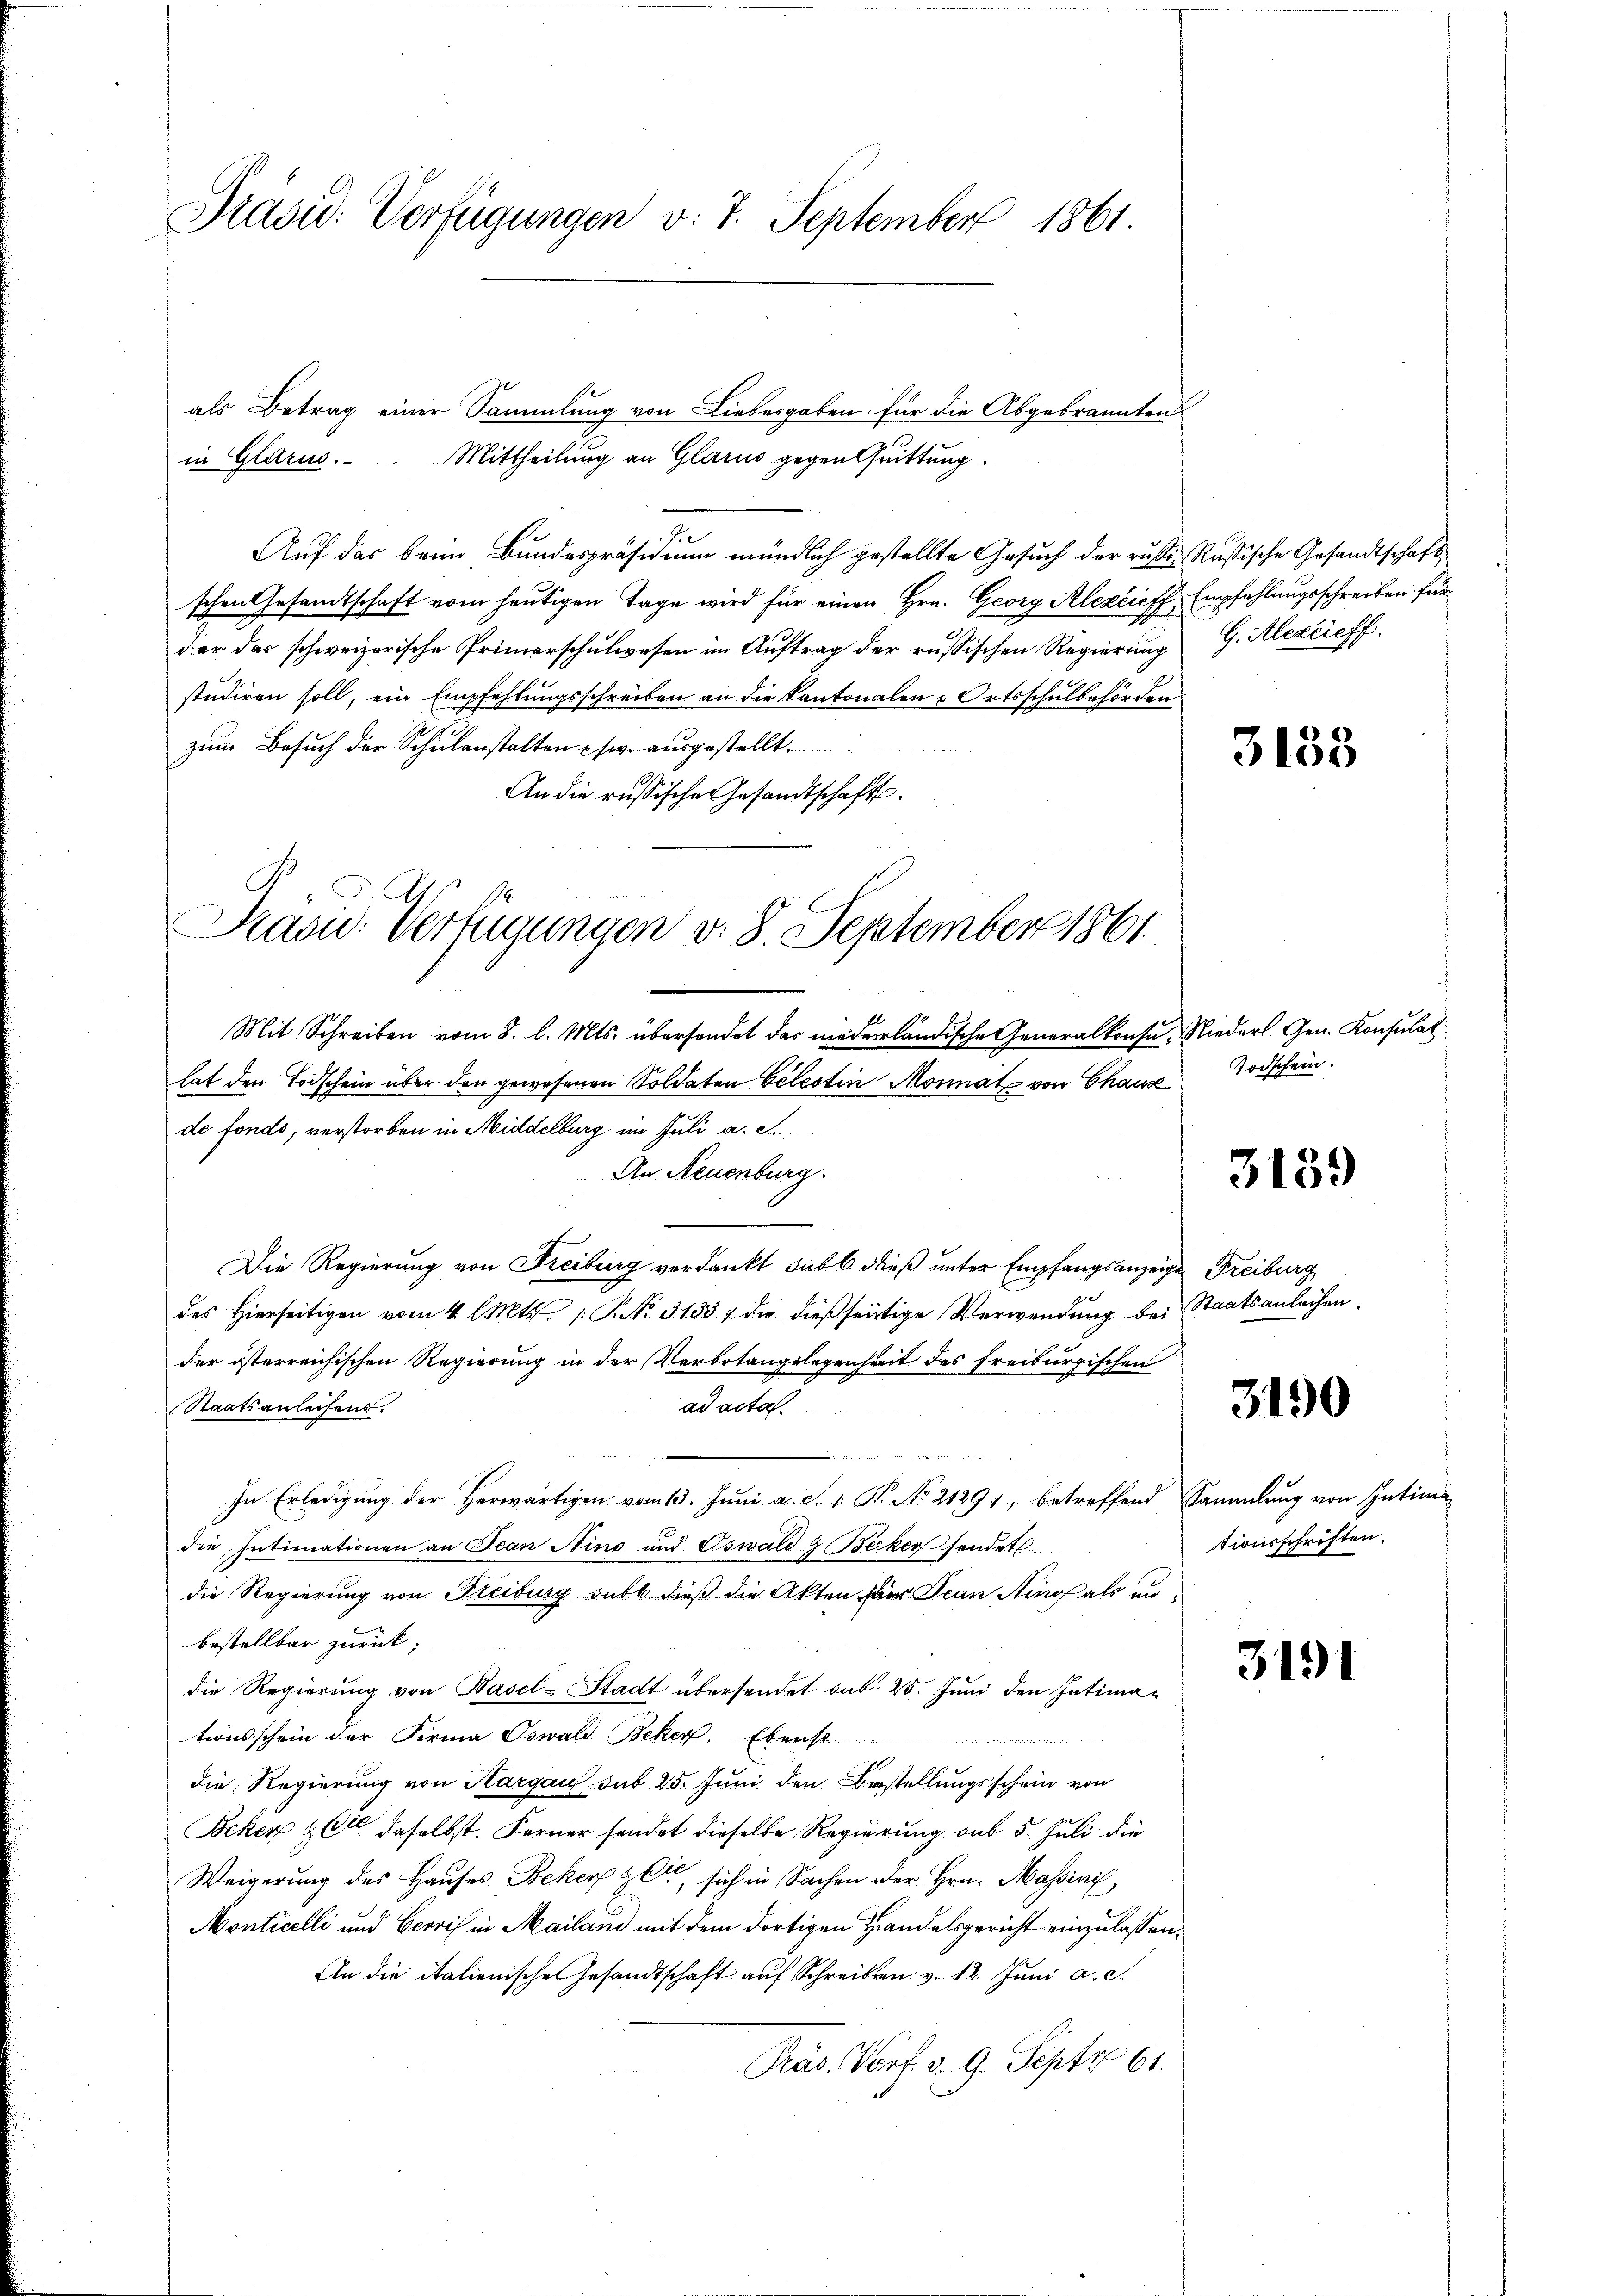
Präsid. Verfügungen v. 7. September 1861.

als Betrag einer Sammlung von Liebesgaben für die Abgebrannten
Mittheilung an Glarus gegen Quittung
Pre
Auf das beim Bundespräsidium mündlich gestellte Gesuch der ruhi-Rußische Gesandtschaft
schen Gesandtschaft vom heutigen Tage wird für einen Hrn. Georg Alexcieff Empfehlungsschreiben für
der das schweizerische Primarschulwesen im Auftrag der russischen Regierung
studiren soll, ein Empfehlungsschreiben an die Kantonalen & Ortsschulbehörden
zum Besuch der Schulanstalten usw. ausgestellt,
An die russische Gesandtschafts¬
Mit Schreiben vom 8. l. Mts. übersendet das niederländische Generalkonse. Niederl. Gen. Konsulat
lat den Todschein über den gewesenen Soldaten Celestin Monnat von Chaus
de fonds, verstorben in Middelburg im Juli a. d.
An Neuenburg.
Die Regierung von Freiburg verdankt sub b. dieß unter Empfangsanzeige Freiburg
2
des Hierseitigen vom 4. l. Mts. 1. No. 3133) die dießseitige Verwendung bei Staatsanleihen.
der österreichischen Regierung in der Verbotangelegenheit des Freiburgischen
Staatsanleisens.
ad acta.
In Erledigung der Herwärtigen vom 13. Juni a. c. 1. B. No 21291, betreffend Sammlung von Intime
die Intimationen an Jean Ains und Oswald & Beker sendet.
die Regierung von Freiburg subb. dieß die Akten der Jean Ring als unbestellbar zurück;
die Regierung von Basel-Stadt übersendet sub. 25. Juni den Intimationsschein der Firma Oswald-Beker. Ebenst
die Regierung von Hargau sub 25. Juni den Bestellungsschein von
Beker 264 daselbst. Ferner sendet dieselbe Regierung sub 5. Juli die
Weigerung des Hauses Beker ze sich in Sachen der Hrn. Massini,
Monticelli und Gervis in Mailand mit dem dortigen Handelsgericht einzulassen,
An die italienische Gesandtschaft auf Schreiben v. 12. Juni a. c.
Präs. Vorf. v. 9. Septr 61.

in Glarus.

Präsid. Verfügungen v. 8. September 1861

G. Alexrieff

3135

Todschein.

3139

3190

tionsschriften.

3191